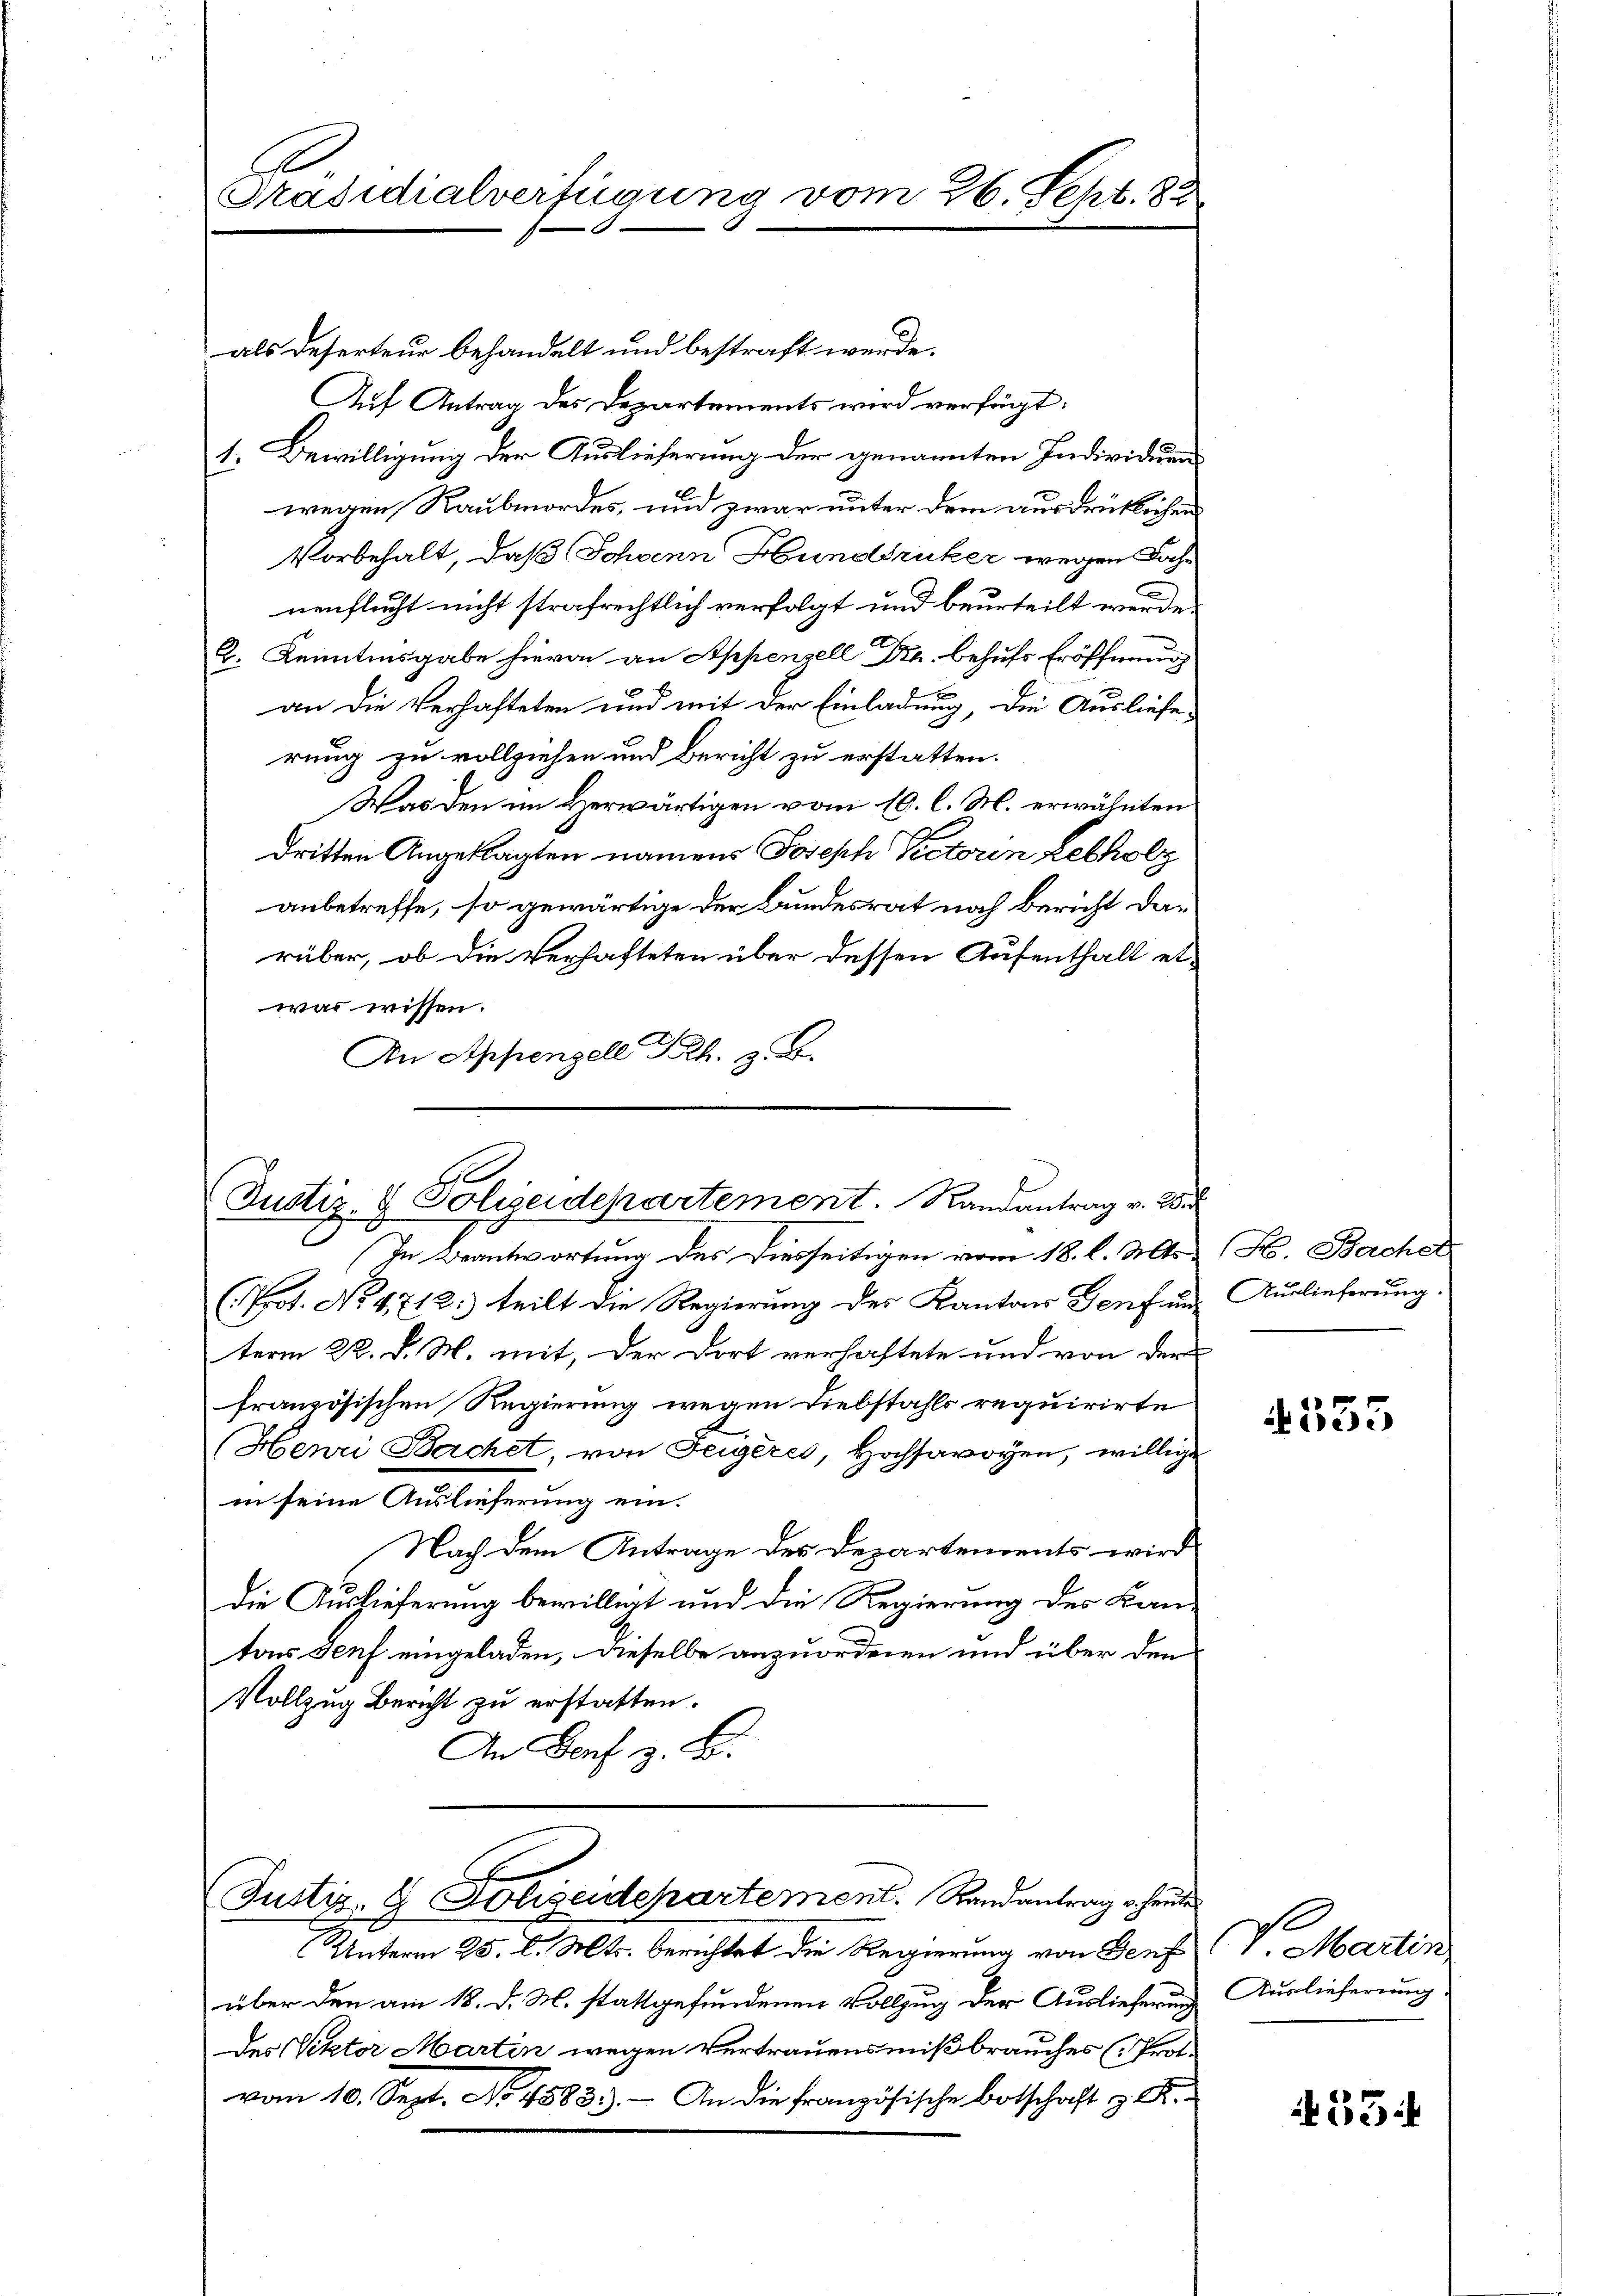
H
Präsidialverfügung vom 26. Sept. 82

als Deserteur behandelt und bestraft werde.
Auf Antrag des Departements wird verfügt:
1. Bewilligung der Auslieferung der genannten Individuen
wegen Raubmordes, und zwar unter dem ausdrüklichen
Vorbehalt, daß Johann Hunddruker wegen Sache
nenflucht nicht strafrechtlich verfolgt und beurteilt werde
2. Kenntnusgabe hievon an Appenzell Dr. behufs Eröffnung
an die Verhafteten und mit der Einladung, die Auslieferung zu vollziehen und Bericht zu erstatten.
Was den im Herwärtigen vom 10. l. M. erwähnten
dritten Angeklagten namens Joseph Pectorin Lebholz
anbetreffe, so gewärtige der Bundesrat noch Bericht darüber, ob die Verhafteten über dessen Aufenthalt etwas wissen.
An Appenzell Drh. z. B.

e
Justiz- & Polizeidepartement. Randantrag v. Wir

In Beantwortung des Diesseitigen vom 18. l. Mts. & (H. Bachel
(Prot. No. 4712. teilt die Regierung des Kantons Senf und Auslieferung.
term 22. d. M. mit, der dort verhaftete und von der
französischen Regierung wegen Diebstahls requirirte
Henri Bachet, von Feigeres, Hochsavoyen, willige
in seine Ausleicherung ein:
Nach dem Antrage des Departements wird
die Aushieferung bewilligt und die Regierung des Kan-
tons Senf eingeladen, dieselbe anzuordnen und über den
Vollzug Bericht zŭ erstatten.
An Genf z. B.

Justiz- & Polizeidepartement. Randantrag heute

Unterm 25. d. Mts. berichtet die Regierung von Genf
über den am 18. d. M. stattgefundenen Vollzug der Auslieferung
Des Viktor Martin wegen Vertrauensmißbrauches (Prot.
vom 10. Sept. No. 4583.). An die französische Botschaft z. B.

4555

V. Martin
Auslieferung

35: